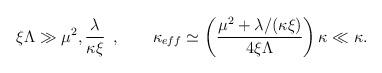
LaTeX: \begin{align*}\xi \Lambda \gg \mu ^{2},\frac{\lambda}{\kappa \xi} \;\, , \quad\quad \kappa _{eff} \simeq \left( \frac{\mu ^2 + \lambda /(\kappa\xi )}{4\xi \Lambda} \right) \kappa \ll \kappa .\end{align*}